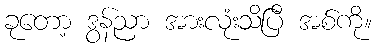
ခုတော့ ဒွန်ညာ အားလုံးသိပြီ အစ်ကို။